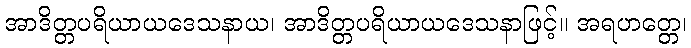
အာဒိတ္တပရိယာယဒေသနာယ၊ အာဒိတ္တပရိယာယဒေသနာဖြင့်။ အရဟတ္တေ၊